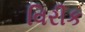
વિરીક